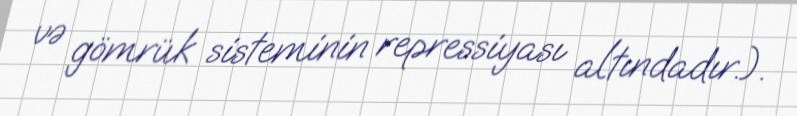
və gömrük sisteminin repressiyası altındadır.).